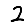
Digit: 2